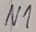
Text: N1